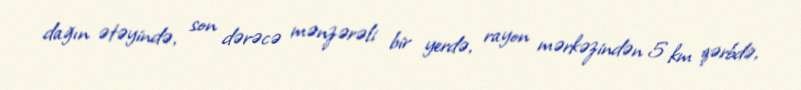
dağın ətəyində, son dərəcə mənzərəli bir yerdə, rayon mərkəzindən 5 km qərbdə,